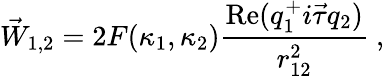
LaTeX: \vec{W}_{1,2}=2F(\kappa_{1},\kappa_{2})\frac{\mathrm{Re}(q_{1}^{+}i\vec{\tau}q_{2})}{r_{12}^{2}}~,